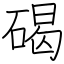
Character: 碣